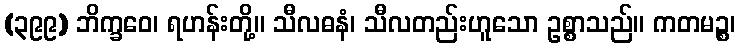
(၃၉၉) ဘိက္ခဝေ၊ ရဟန်းတို့။ သီလဓနံ၊ သီလတည်းဟူသော ဥစ္စာသည်။ ကတမဉ္စ၊